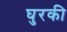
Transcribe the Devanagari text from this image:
घुरकी